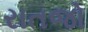
રાતજો